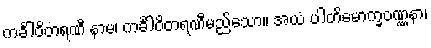
ကင်္ခါဝိတရဏီ နာမ၊ ကင်္ခါဝိတရဏီမည်သော။ အယံ ပါတိမောက္ခဝဏ္ဏနာ၊